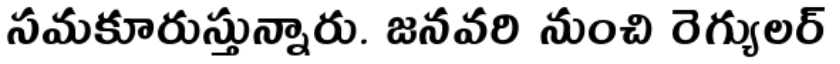
సమకూరుస్తున్నారు. జనవరి నుంచి రెగ్యులర్